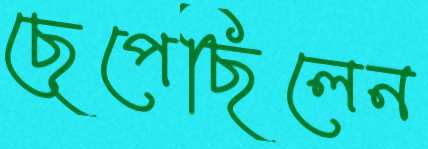
ছেপেছিলেন